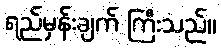
ရည်မှန်းချက် ကြီးသည်။